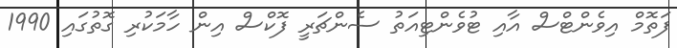
ފަތޮމް އިވެންޓްސް އާއި ޓުވެންޓިއަތު ސެންޗަރީ ފޮކްސް އިން ހާމަކުރި ގޮތުގައި 1990